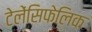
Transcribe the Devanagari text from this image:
टेलेंसिफेलिक